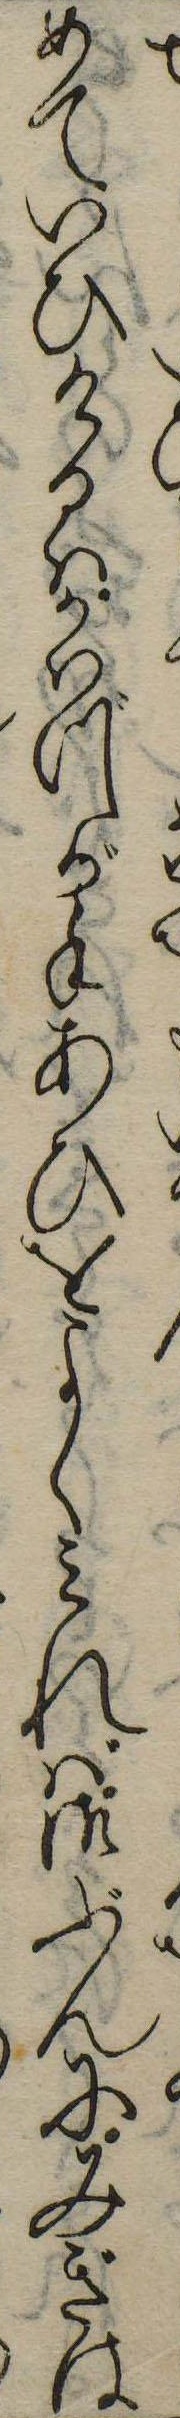
めていひけるはかはづが手あひをよくみれば御ぶんにみぎは